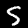
Label: 5